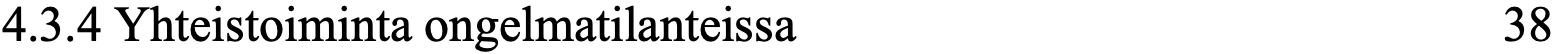
4.3.4 Yhteistoiminta ongelmatilanteissa           38